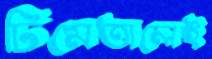
ঢিমেতালেই